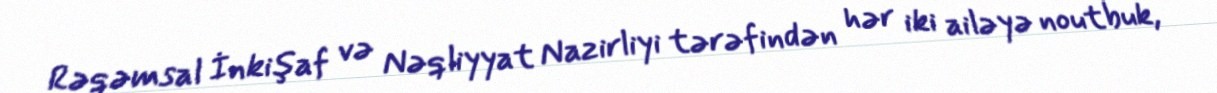
Rəqəmsal İnkişaf və Nəqliyyat Nazirliyi tərəfindən hər iki ailəyə noutbuk,